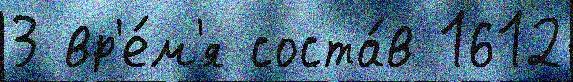
3 вр'е́м'я соста́в 1612